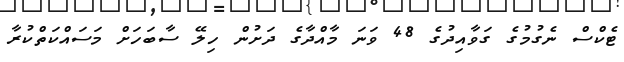
ޓެކްސް ނެގުމުގެ ގަވާއިދުގެ 48 ވަނަ މާއްދާގެ ދަށުން ހިލޭ ސާބަހަށް މަސައްކަތްކުރާ